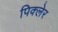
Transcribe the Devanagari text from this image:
पिक्लेर